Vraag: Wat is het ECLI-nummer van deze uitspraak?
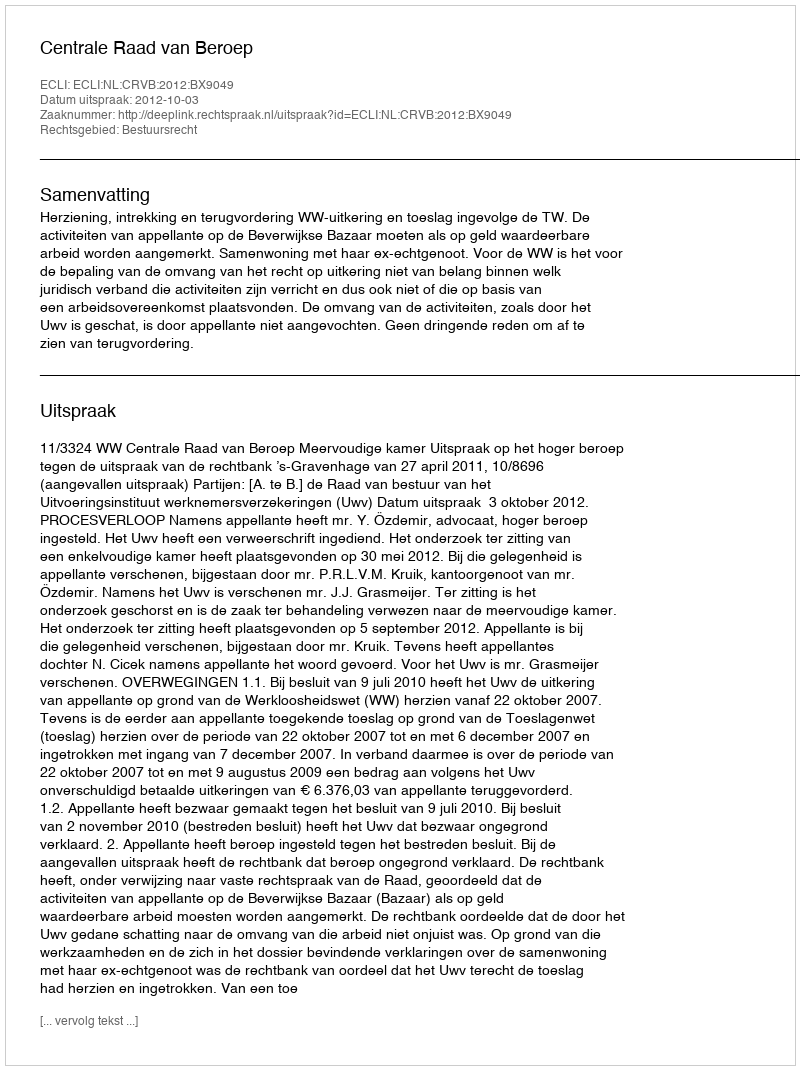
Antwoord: ECLI:NL:CRVB:2012:BX9049